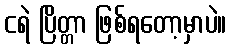
ငရဲ ပြိတ္တာ ဖြစ်ရတော့မှာပဲ။